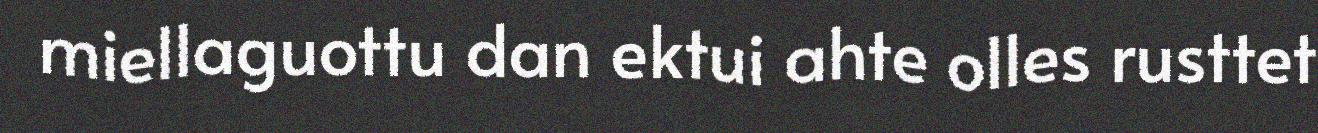
miellaguottu dan ektui ahte olles rusttet